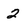
Character: 2